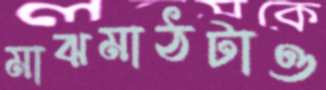
মাঝমাঠটাও